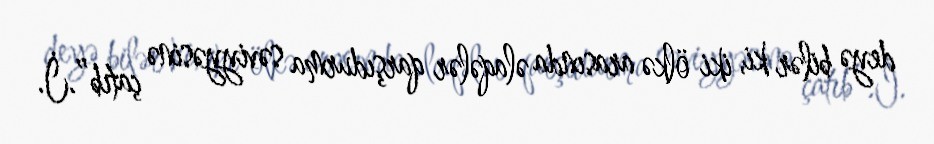
deyə bilər ki, iki ölkə arasında əlaqələr qarşıdurma səviyyəsinə çatıb”.İ.